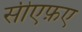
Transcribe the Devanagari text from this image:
सीएफ़ए